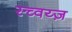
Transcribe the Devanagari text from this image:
स्च्वय्ज़